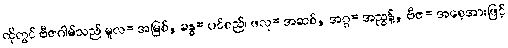
ထိုတွင် ဗီဇဂါမ်သည် မူလ= အမြစ်, ခန္ဓ= ပင်စည်၊ ဖလု= အဆစ်, အဂ္ဂ= အညွန့်, ဗီဇ= အစေ့အားဖြင့်